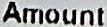
AMOUNT